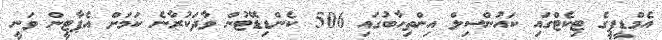
އެމްޑީޕީގެ ޓިކެޓްގައި ކައުންސިލް އިންތިހާބުގައި 506 ކެންޑިޑޭޓުން ވާދަކުރާނެ ކަމަށް އެޕާޓީން ވަނީ